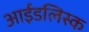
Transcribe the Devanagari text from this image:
आईडलिस्क